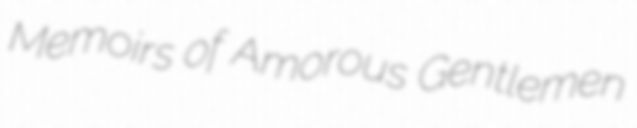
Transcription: Memoirs of Amorous Gentlemen